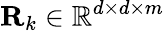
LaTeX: \mathbf{R}_{k}\in\mathbb{R}^{d\times d\times m}